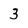
Character: 3